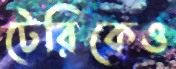
টেরিকেও